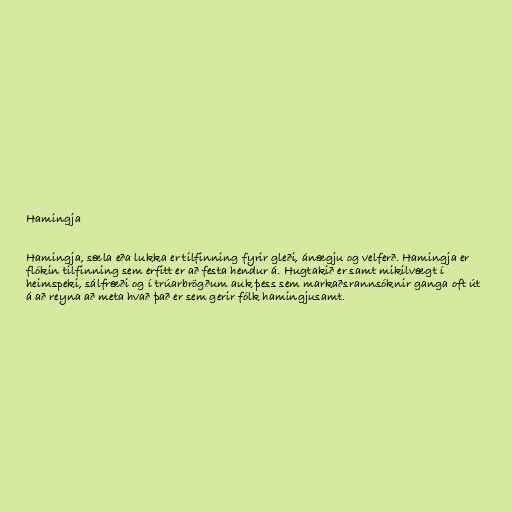
Hamingja

Hamingja, sæla eða lukka er tilfinning fyrir gleði, ánægju og velferð. Hamingja er
flókin tilfinning sem erfitt er að festa hendur á. Hugtakið er samt mikilvægt í
heimspeki, sálfræði og í trúarbrögðum auk þess sem markaðsrannsóknir ganga oft út
á að reyna að meta hvað það er sem gerir fólk hamingjusamt.